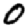
Digit: 0